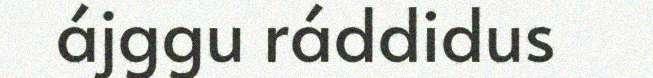
ájggu ráddidus